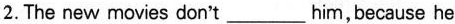
2. The new movies don't___him,because he